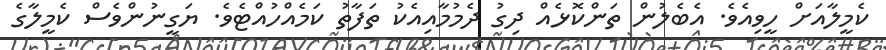
ކެމީލާއަށް ހީވިއެވެ. އެބެލުން ތަންކޮޅެއް ދިގު ދެމުމާއިއެކު ތަފާތު ކަމެއްހުއްޓެވެ. ޔަގީނުންވެސް ކެމީލާގެ